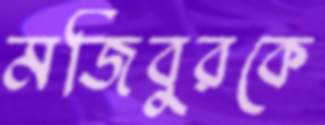
মজিবুরকে